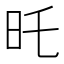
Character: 𣅒